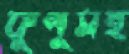
ফুপুসহ